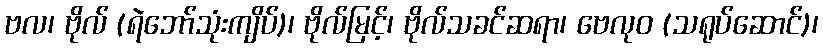
ဗလ၊ ဗိုလ် (ရဲဘော်သုံးကျိပ်)၊ ဗိုလ်မြင့်၊ ဗိုလ်သခင်ဆရာ၊ ဗေလုဝ (သရုပ်ဆောင်)၊